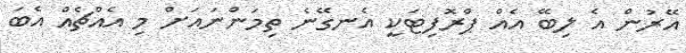
އޭރުން އެ ލިބޭ އެއް ޕްރޮފިޓަކީ އެނގޭނެ ތިމަންނައަށް މި އެއްޗެއް އެބަ